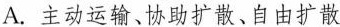
A.主动运输、协助扩散、自由扩散